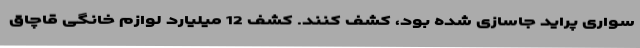
سواری پراید جاسازی شده بود، کشف کنند. کشف 12 میلیارد لوازم خانگی قاچاق